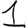
Digit: 1